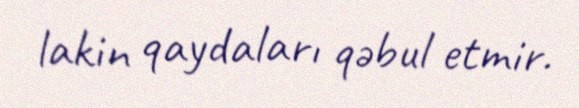
lakin qaydaları qəbul etmir.